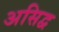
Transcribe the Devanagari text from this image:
असिद्व